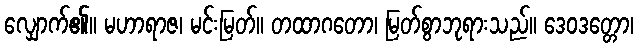
လျှောက်၏။ မဟာရာဇ၊ မင်းမြတ်။ တထာဂတော၊ မြတ်စွာဘုရားသည်။ ဒေဝဒတ္တော၊